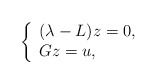
\begin{align*} \left\{ \begin{array}{ll} (\lambda-L)z=0, & \hbox{} \\ Gz=u, & \hbox{} \end{array} \right.\end{align*}